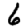
Digit: 6